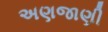
અણજાણી